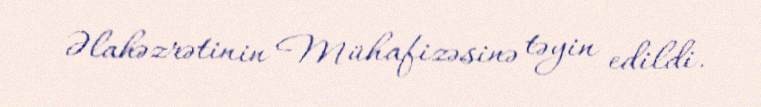
Əlahəzrətinin Mühafizəsinə təyin edildi.